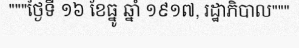
"""ថ្ងៃទី ១៦ ខែធ្នូ ឆ្នាំ ១៩១៧, រដ្ឋាភិបាល"""